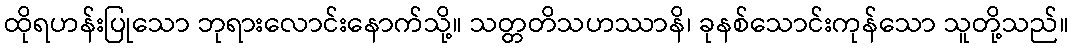
ထိုရဟန်းပြုသော ဘုရားလောင်းနောက်သို့။ သတ္တတိသဟဿာနိ၊ ခုနစ်သောင်းကုန်သော သူတို့သည်။